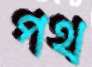
পথ